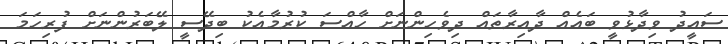
ސައީދު ވިދާޅުވީ ބައެއް ދާއިރާތައް ދިވެހިންނަށް ހާއްސަ ކުރުމާއެކު ބިދޭސީ ލޭބަރުންނަށް ފުރިހަމަ